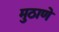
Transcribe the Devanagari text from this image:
मुठाणे